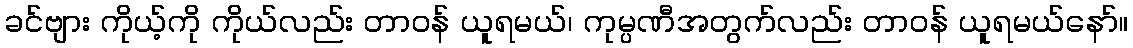
ခင်ဗျား ကိုယ့်ကို ကိုယ်လည်း တာဝန် ယူရမယ်၊ ကုမ္ပဏီအတွက်လည်း တာဝန် ယူရမယ်နော်။